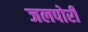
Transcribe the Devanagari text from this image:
जलपोरी